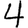
Digit: 4